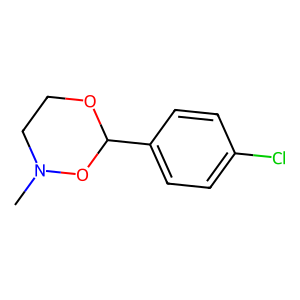
SMILES: CN1CCOC(c2ccc(Cl)cc2)O1
Inhibits HIV replication: No